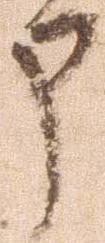
申